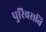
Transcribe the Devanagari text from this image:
पुरिवसति